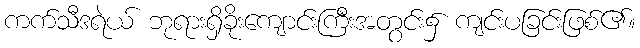
ကက်သီဒရဲယ် ဘုရားရှိခိုးကျောင်းကြီးအတွင်း၌ ကျင်းပခြင်းဖြစ်၏။